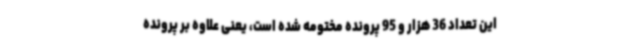
این تعداد 36 هزار و 95 پرونده مختومه شده است، یعنی علاوه بر پرونده